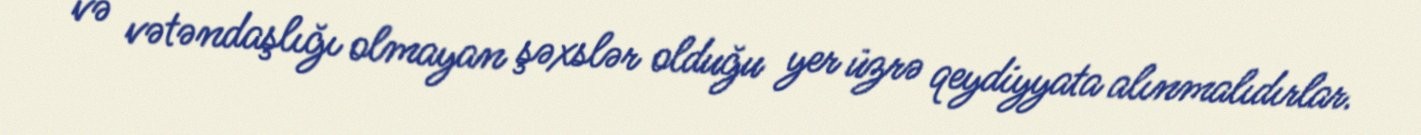
və vətəndaşlığı olmayan şəxslər olduğu yer üzrə qeydiyyata alınmalıdırlar.